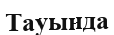
Тауында